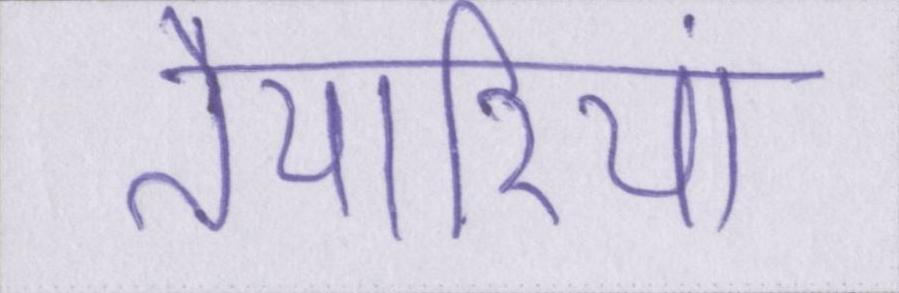
तैयारियां